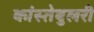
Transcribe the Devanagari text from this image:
कांस्तेबुलरी